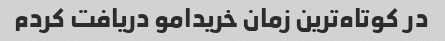
در کوتاه‌ترین زمان خریدامو دریافت کردم